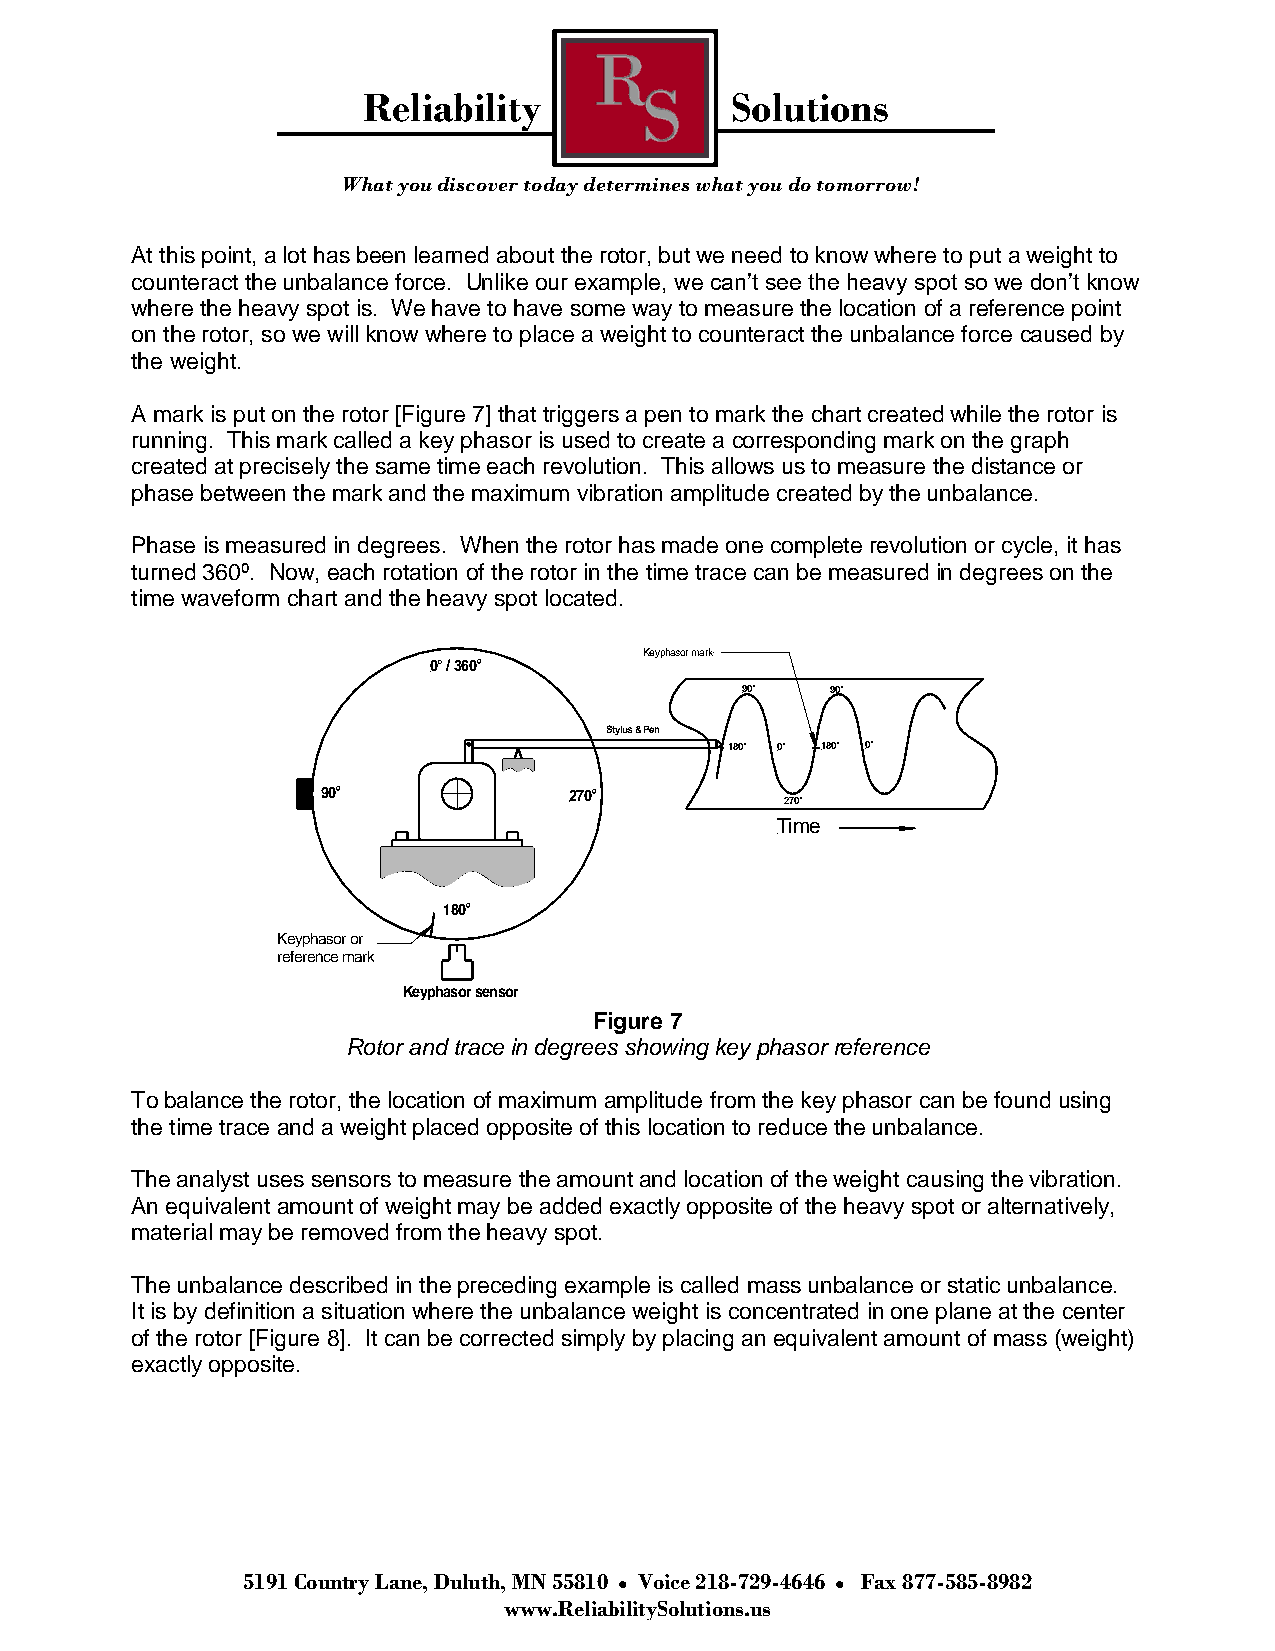
Reliability             Solutions
 What you discover today determines what you do tomorrow!
 At this point, a lot has been learned about the rotor, but we need to know where to put a weight to
 counteract the unbalance force. Unlike our example, we can’t see the heavy spot so we don’t know
 where the heavy spot is. We have to have some way to measure the location of a reference point
 on the rotor, so we will know where to place a weight to counteract the unbalance force caused by
 the weight.
 A mark is put on the rotor [Figure 7] that triggers a pen to mark the chart created while the rotor is
 running. This mark called a key phasor is used to create a corresponding mark on the graph
 created at precisely the same time each revolution. This allows us to measure the distance or
 phase between the mark and the maximum vibration amplitude created by the unbalance.
 Phase is measured in degrees. When the rotor has made one complete revolution or cycle, it has
 turned 360º. Now, each rotation of the rotor in the time trace can be measured in degrees on the
 time waveform chart and the heavy spot located.
 Keyphasor mark
 0° / 360°
 90°   90°
 Stylus & Pen
 180° 0° 180° 0°
 90°              270°
 270°
 Time
 180°
 Keyphasor or
 reference mark
 Keyphasor sensor
 Figure 7
 Rotor and trace in degrees showing key phasor reference
 To balance the rotor, the location of maximum amplitude from the key phasor can be found using
 the time trace and a weight placed opposite of this location to reduce the unbalance.
 The analyst uses sensors to measure the amount and location of the weight causing the vibration.
 An equivalent amount of weight may be added exactly opposite of the heavy spot or alternatively,
 material may be removed from the heavy spot.
 The unbalance described in the preceding example is called mass unbalance or static unbalance.
 It is by definition a situation where the unbalance weight is concentrated in one plane at the center
 of the rotor [Figure 8]. It can be corrected simply by placing an equivalent amount of mass (weight)
 exactly opposite.
 5191 Country Lane, Duluth, MN 55810 Voice 218-729-4646 Fax 877-585-8982
 www.ReliabilitySolutions.us